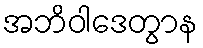
အဘိဝါဒေတွာန